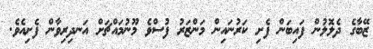
ޒޭބާގެ ދެލޮލުން ފައިބަން ފެށި ކަރުނައިން މަންޒަރު ފުސްވެ މޫނުމައްޗަށް އަނދިރިވާން ފެށިއެވެ.